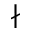
\nmid